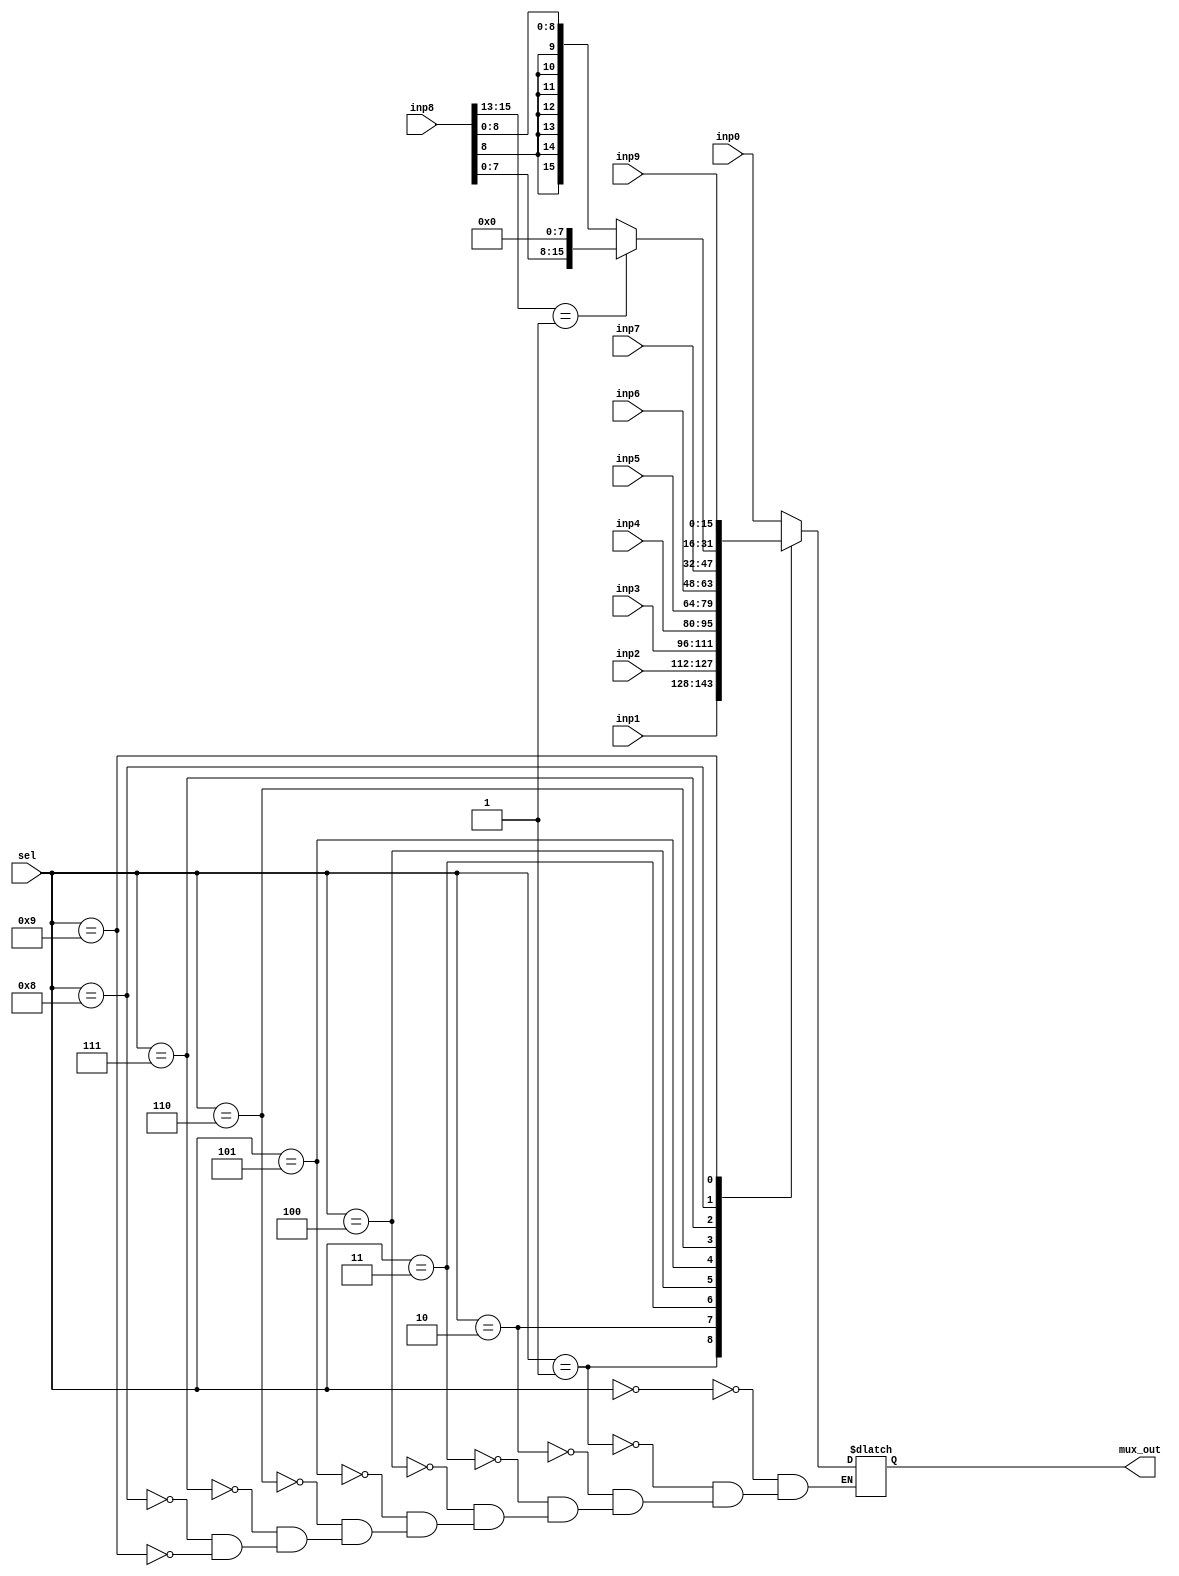
module mux
(
	input [15: 0] inp0, inp1, inp2, inp3, inp4, inp5, inp6, inp7, inp8, inp9,
	input [3: 0] sel,
	
	output [15: 0] mux_out
);

	parameter MV = 3'b000;
	parameter MVT = 3'b001;
	
	reg [15: 0] mux_out_reg;

	always @(sel)
	begin
		case(sel)
			4'b0000: mux_out_reg <= inp0;
			
			4'b0001: mux_out_reg <= inp1;
			
			4'b0010: mux_out_reg <= inp2;
			
			4'b0011: mux_out_reg <= inp3;
			
			4'b0100: mux_out_reg <= inp4;
			
			4'b0101: mux_out_reg <= inp5;
			
			4'b0110: mux_out_reg <= inp6;
			
			4'b0111: mux_out_reg <= inp7;
			
			4'b1000: 
			begin
				if(inp8[15: 13] == MVT)
					mux_out_reg <= {inp8[7: 0], 8'b0};
				else
					mux_out_reg <= {{7{inp8[8]}}, inp8[8: 0]};
			end
			
			4'b1001: mux_out_reg <= inp9;
		endcase
	end

	assign mux_out = mux_out_reg;
	
endmodule